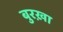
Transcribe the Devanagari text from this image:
बुरख़ा